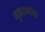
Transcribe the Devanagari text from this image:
गुणधर्मांना